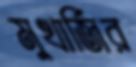
মুখার্জির